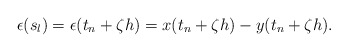
\begin{align*} \epsilon(s_l)=\epsilon(t_n+\zeta h)=x(t_n+\zeta h)-y(t_n+\zeta h).\end{align*}